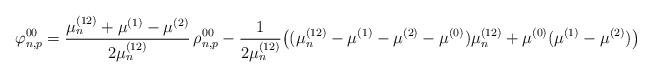
LaTeX: \begin{align*}\varphi^{00}_{n,p}= \frac{\mu_n^{(12)}+\mu^{(1)}-\mu^{(2)}}{2\mu_n^{(12)}} \,\rho^{00}_{n,p}- \frac{1}{2\mu_n^{(12)}} \big( (\mu_n^{(12)}-\mu^{(1)}-\mu^{(2)}-\mu^{(0)})\mu_n^{(12)} + \mu^{(0)}(\mu^{(1)}-\mu^{(2)}) \big)\end{align*}